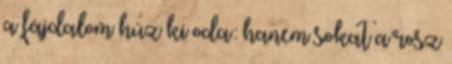
a fájdalom húz ki oda: hanem sokat a rosz